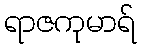
ရာဇကုမာရ်